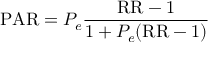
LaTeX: { \mathrm { P A R } } = P _ { e } { \frac { { \mathrm { R R } } - 1 } { 1 + P _ { e } ( { \mathrm { R R } } - 1 ) } }